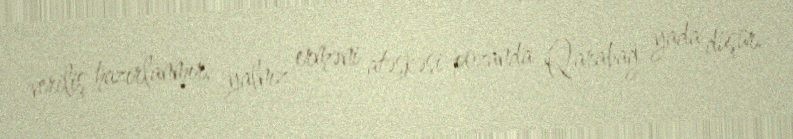
veriliş hazırlanmır, yalnız erməni atəşkəsi pozanda Qarabağ yada düşür.